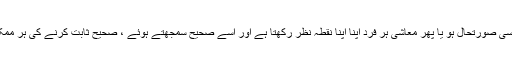
ہمارے ملک کی سیاسی صورتحال ہو یا پھر معاشی ہر فرد اپنا اپنا نقطہ نظر رکھتا ہے اور اسے صحیح سمجھتے ہوئے ، صحیح ثابت کرنے کی ہر ممکن کوشش کرتا ہے ۔